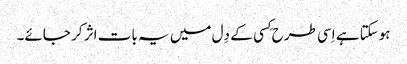
ہوسکتا ہے اِسی طرح کِسی کے دِل میں یہ بات اثر کر جائے۔